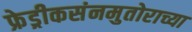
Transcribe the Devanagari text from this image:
फ्रेड्रीकसंनमुतोराच्या